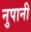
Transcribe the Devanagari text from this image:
नुपानी